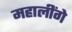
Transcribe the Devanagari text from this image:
महालींगे